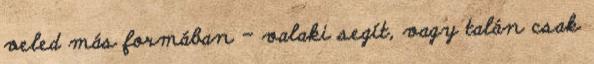
veled más formában – valaki segít, vagy talán csak